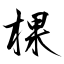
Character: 棵